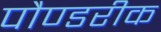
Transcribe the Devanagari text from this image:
पौण्डरीक